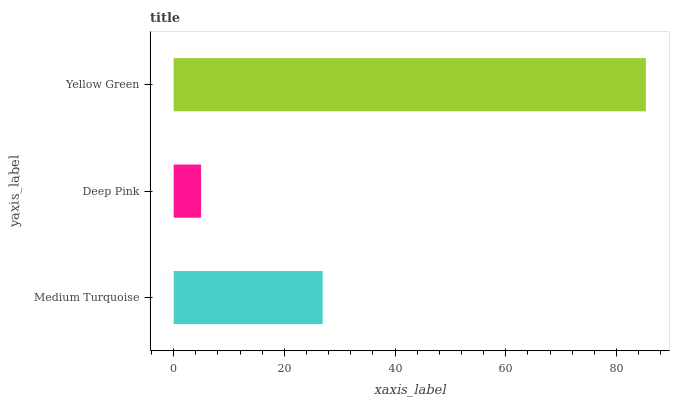
| yaxis_label | bars |
 | --- | --- |
 | Medium Turquoise | 26.9 |
 | Deep Pink | 4.95 |
 | Yellow Green | 85.3 |